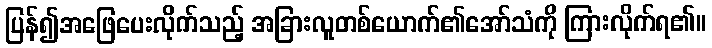
ပြန်၍အဖြေပေးလိုက်သည့် အခြားလူတစ်ယောက်၏အော်သံကို ကြားလိုက်ရ၏။